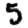
Digit: 5